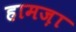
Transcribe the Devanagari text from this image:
हामज़ा